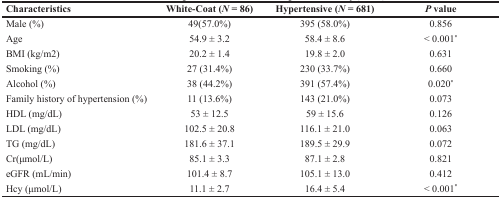
<table><thead><tr><td><b>Characteristics</b></td><td><b>White-Coat (<i>N</i> = 86)</b></td><td><b>Hypertensive (<i>N</i> = 681)</b></td><td><b><i>P</i> value</b></td></tr></thead><tbody><tr><td>Male (%)</td><td>49(57.0%)</td><td>395 (58.0%)</td><td>0.856</td></tr><tr><td>Age</td><td>54.9 ± 3.2</td><td>58.4 ± 8.6</td><td>&lt; 0.001<sup>*</sup></td></tr><tr><td>BMI (kg/m2)</td><td>20.2 ± 1.4</td><td>19.8 ± 2.0</td><td>0.631</td></tr><tr><td>Smoking (%)</td><td>27 (31.4%)</td><td>230 (33.7%)</td><td>0.660</td></tr><tr><td>Alcohol (%)</td><td>38 (44.2%)</td><td>391 (57.4%)</td><td>0.020<sup>*</sup></td></tr><tr><td>Family history of hypertension (%)</td><td>11 (13.6%)</td><td>143 (21.0%)</td><td>0.073</td></tr><tr><td>HDL (mg/dL)</td><td>53 ± 12.5</td><td>59 ± 15.6</td><td>0.126</td></tr><tr><td>LDL (mg/dL)</td><td>102.5 ± 20.8</td><td>116.1 ± 21.0</td><td>0.063</td></tr><tr><td>TG (mg/dL)</td><td>181.6 ± 37.1</td><td>189.5 ± 29.9</td><td>0.072</td></tr><tr><td>Cr(μmol/L)</td><td>85.1 ± 3.3</td><td>87.1 ± 2.8</td><td>0.821</td></tr><tr><td>eGFR (mL/min)</td><td>101.4 ± 8.7</td><td>105.1 ± 13.0</td><td>0.412</td></tr><tr><td>Hcy (μmol/L)</td><td>11.1 ± 2.7</td><td>16.4 ± 5.4</td><td>&lt; 0.001<sup>*</sup></td></tr></tbody></table>